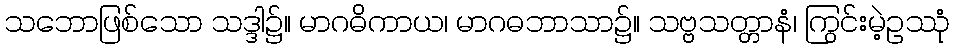
သဘောဖြစ်သော သဒ္ဒါ၌။ မာဂဓိကာယ၊ မာဂဓဘာသာ၌။ သဗ္ဗသတ္တာနံ၊ ကြွင်းမဲ့ဥဿုံ